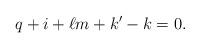
LaTeX: \begin{align*}q+i+\ell m+k'-k=0.\end{align*}